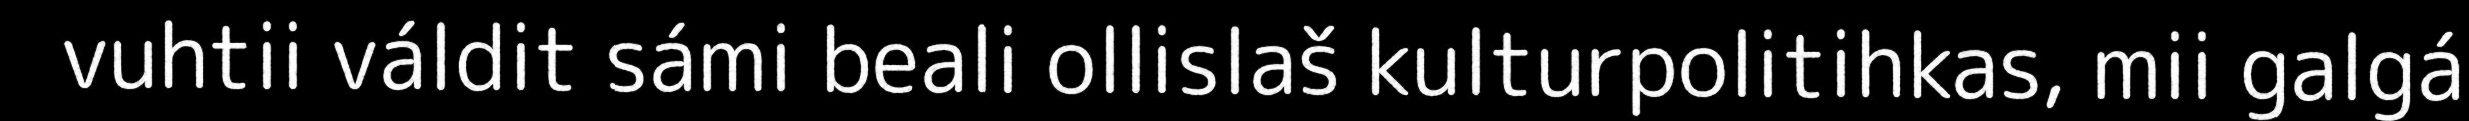
vuhtii váldit sámi beali ollislaš kulturpolitihkas, mii galgá